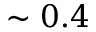
\sim 0 . 4